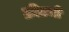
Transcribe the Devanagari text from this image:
क्रीटची